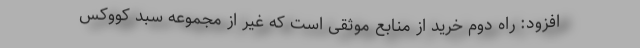
افزود: راه دوم خرید از منابع موثقی است که غیر از مجموعه سبد کووکس